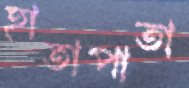
হাতাপাতা